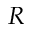
R